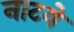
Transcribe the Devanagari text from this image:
नाटये